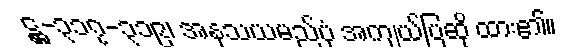
ဋ္ဌ-၃၁၇-၃၁၉၊ အနုသယမည်ပုံ အကျယ်ပြဆို ထား၏။